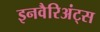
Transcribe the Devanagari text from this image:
इनवैरिअंट्स